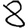
Digit: 8